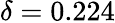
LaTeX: \delta=0.224